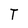
Character: T